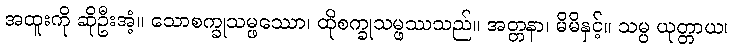
အထူးကို ဆိုဦးအံ့။ သောစက္ခုသမ္ဖဿော၊ ထိုစက္ခုသမ္ဖဿသည်။ အတ္တနာ၊ မိမိနှင့်။ သမ္ပ ယုတ္တာယ၊